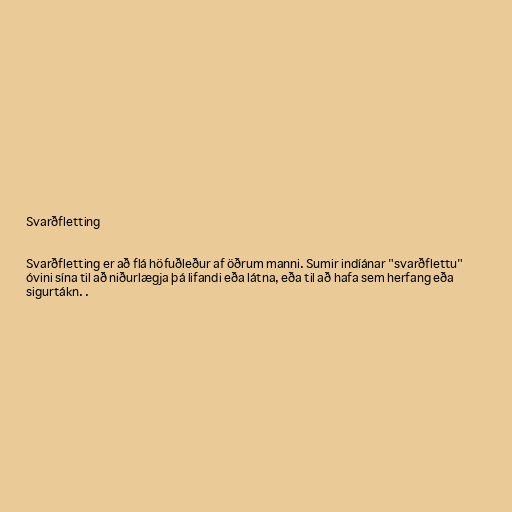
Svarðfletting

Svarðfletting er að flá höfuðleður af öðrum manni. Sumir indíánar "svarðflettu"
óvini sína til að niðurlægja þá lifandi eða látna, eða til að hafa sem herfang eða
sigurtákn. .